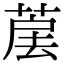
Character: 𦳰